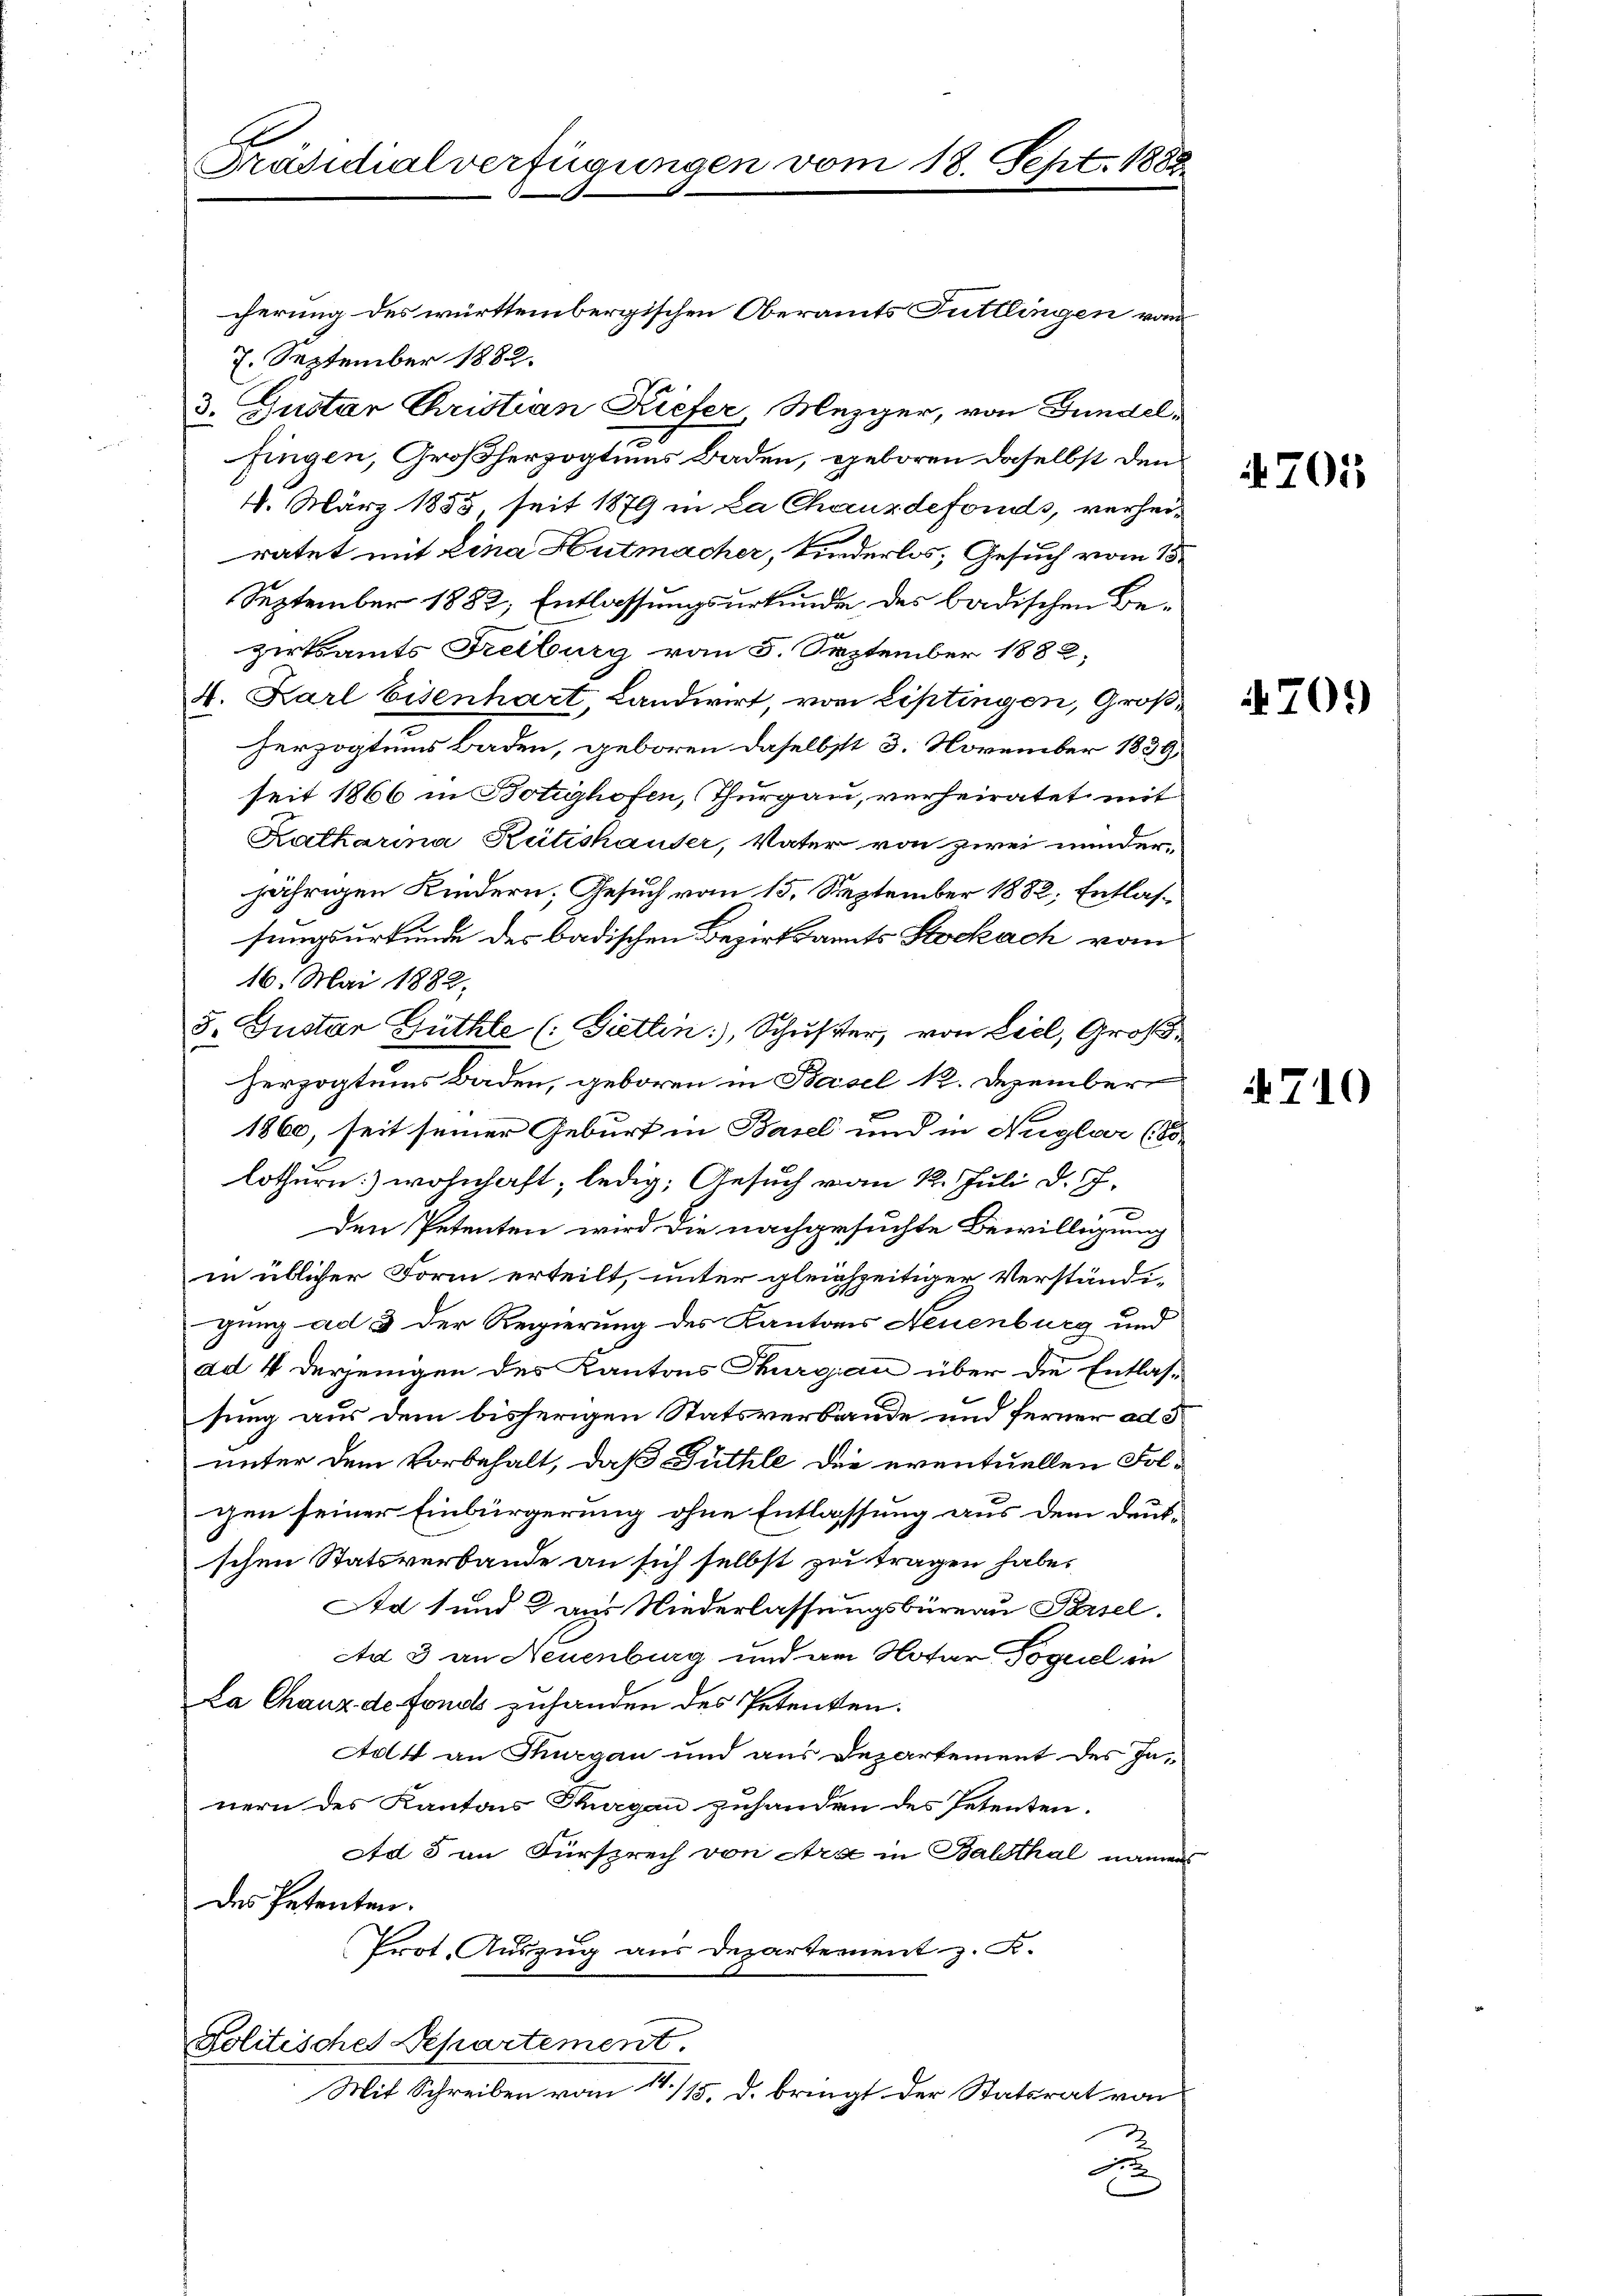
cherung des württembergischen Oberamts Tuttlingen von
7. September 1882.
3. Gustar Christian Kiefer, Mezger, von Fundelfingen, Großherzogtiums Baden, geboren daselbst den
4. März 1853, seit 1879 in La Chauxdefonds, verheiratet mit Lina Hutmacher, Kinderlos; Gesuch vom 15.
September 1882, Entlassungsurkunde des badischen Bezirksamts Freiburg vom 5. September 1882,
4. Karl Eisenhart Landwirt, von Liptingen, Großherzogtums Baden, geboren daselbst 3. November 1839,
seit 1866 in Botighofen, Thurgau, verheiratet mit
Katharina Rütishauser, Vater von zwei minder-
jährigen Kindern, Gesuch vom 15. September 1882, Entlassungsurkunde des badischen Bezirksamts Stockach vom
16. Mai 1882.
8. Instar Güthle (: Gietten: Schuster, von Liel, Großherzogtums Baden, geboren in Basel 1. Dezember
1860, seit seiner Geburt in Basel und in Nuglar (So
lothurn wohnhaft, ledig, Gesuch vom 22. Juli d. J.
den Petenten wird die nachgesuchte Bewilligung
in üblicher Form erteilt, unter gleichzeitiger Verständi-
gung ad 3 der Regierung des Kantons Neuenburg und
ad 4 derjenigen des Kantons Thurgau über die Entlas-
sung aus dem bisherigen Statsverbaude und ferner ad 5
unter dem Vorbehalt, daß Füthle die eventuellen Folgen seiner Einbürgerung ohne Entlassung aus dem deutschen Statsverbande an sich selbst zu tragen habe.
Ad 1 und 2 aus Niederlassungsbüreau Pasel.
Ad 3 an Neuenburg und am Notar Poguel in
La Chaux de fonds zuhanden des Petenten.
Adt an Thurgau und aus Departement des Innern des Kantons Thurgau zuhanden des Petenten.
Ad 5 an Fürsprech von Ara in Balsthal namen
des Petenten.
Prot. Auszug aus Departement z. B.
Folitisches Departement.
Mit Schreiben vom 14/15. d. bringt der Statsrat von
u

Präsidialverfügungen vom 18. Sept. 183.

701

709

4710